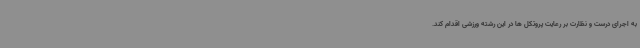
به اجرای درست و نظارت بر رعایت پروتکل ها در این رشته ورزشی اقدام کند.